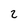
Character: 2